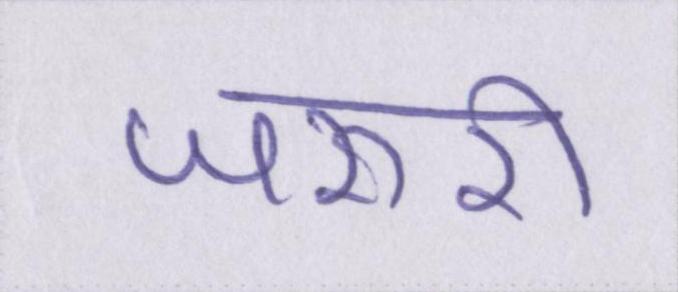
जरुरी